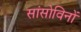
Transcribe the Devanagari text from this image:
सांसोविनों